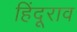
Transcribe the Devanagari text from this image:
हिंदूराव